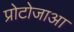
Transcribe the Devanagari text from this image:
प्रोटोजाआ